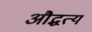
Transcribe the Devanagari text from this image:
औद्धत्य